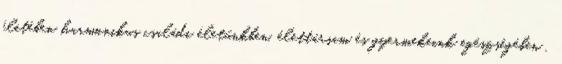
életében harmonikus családi életünkben, élettársam és gyermekeink egészségében .